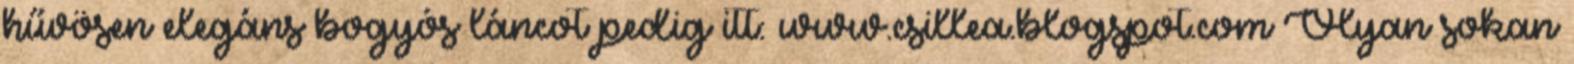
hűvösen elegáns bogyós láncot pedig itt: www.csillea.blogspot.com Olyan sokan